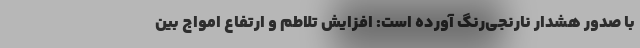
با صدور هشدار نارنجی‌رنگ آورده است: افزایش تلاطم و ارتفاع امواج بین